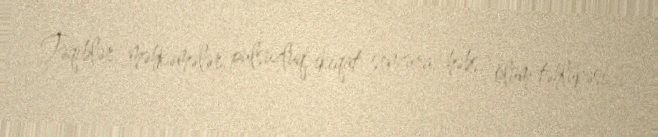
Təqiblər, məhkəmələr, pulsuzluq, ikiqat senzura, həbs, ölüm təhlükəsi...